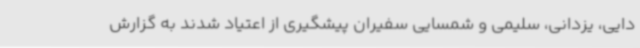
دایی، یزدانی، سلیمی و شمسایی سفیران پیشگیری از اعتیاد شدند به گزارش